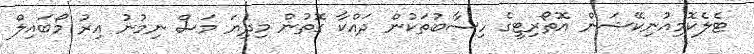
ޓެލެކޮމިއުނިކޭޝަން އޮތޯރިޓީގެ ހިސާބުތަކުން ދައްކާ ގޮތުން މިދިޔަ މަސް ނިމުނު އިރު މޯބައިލް